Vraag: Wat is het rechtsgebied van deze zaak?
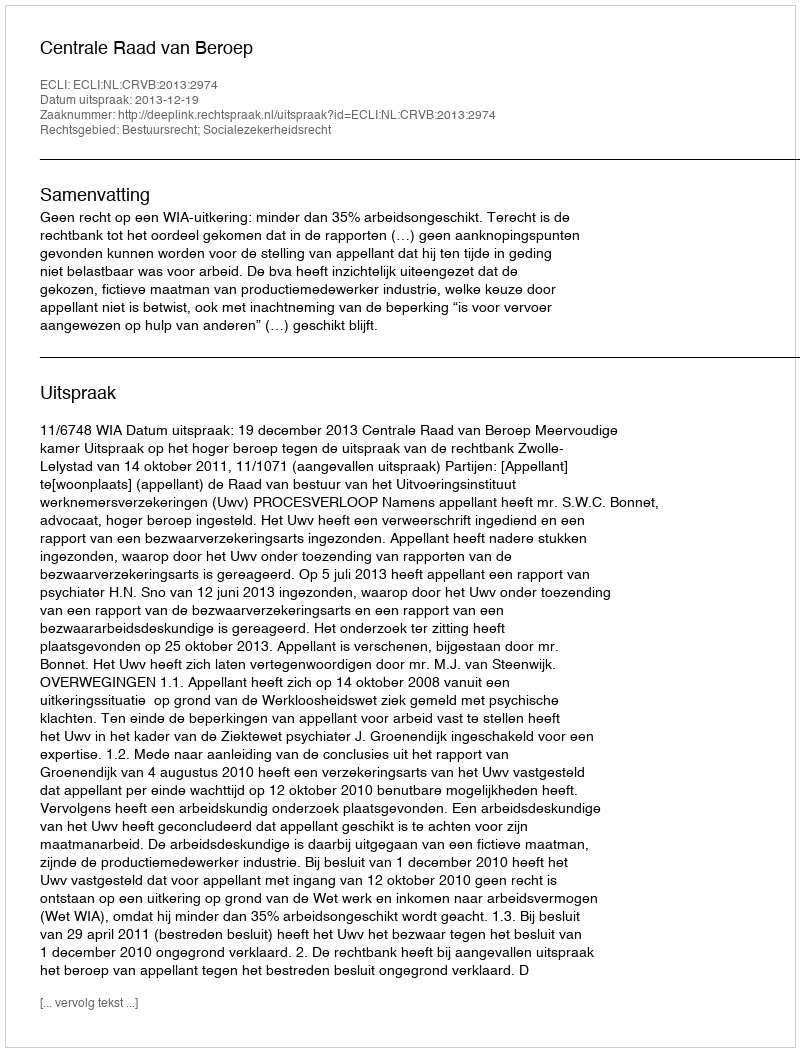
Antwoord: Bestuursrecht; Socialezekerheidsrecht